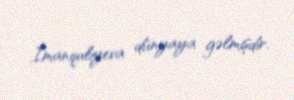
İmanquliyeva dünyaya gəlmişdir.